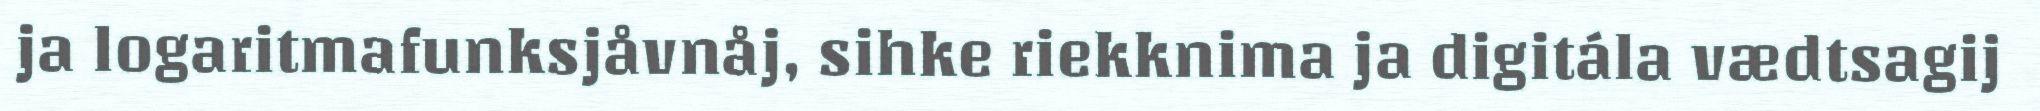
ja logaritmafunksjåvnåj, sihke riekknima ja digitála vædtsagij